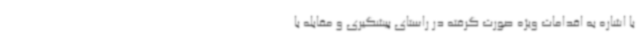
با اشاره به اقدامات ویژه صورت گرفته در راستای پیشگیری و مقابله با